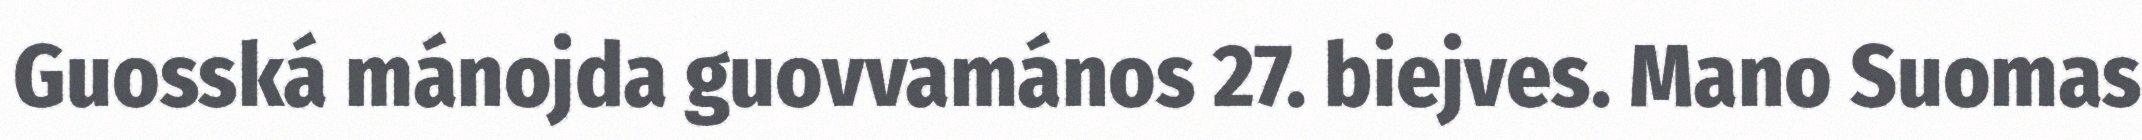
Guosská mánojda guovvamános 27. biejves. Mano Suomas